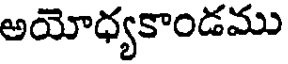
అయోధ్యకాండము